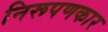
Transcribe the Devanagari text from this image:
निरूपणकार